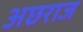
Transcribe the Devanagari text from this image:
अछराज